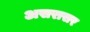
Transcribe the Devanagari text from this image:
असरासर